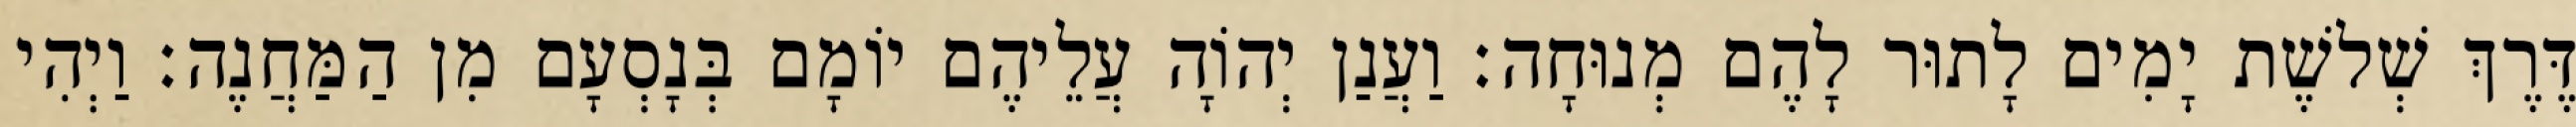
דֶּרֶךְ שְׁלשֶׁת יָמִים לָתוּר לָהֶם מְנוּחָה׃ וַעֲנַן יְהוָֹה עֲלֵיהֶם יוֹמָם בְּנָסְעָם מִן הַמַּחֲנֶה׃ וַיְהִי